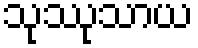
သုဿုသာယ